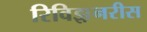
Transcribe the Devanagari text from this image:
रिविझ़नरीस